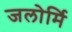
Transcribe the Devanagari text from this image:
जलोर्मि